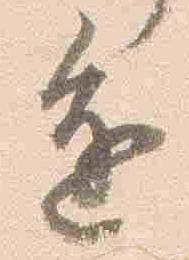
進